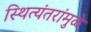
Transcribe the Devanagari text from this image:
स्थित्यंतरांमुळे